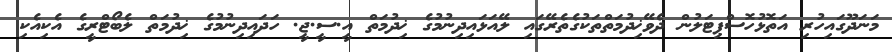
މަނަދޫގައިހުރި އަތޮޅުހޮސްޕިޓަލުން ދެވޭޚިދުމަތްތަކުގެތެރޭގައި ލޭއަޅައިދިނުމުގެ ޚިދުމަތް އީ.ސީ.ޖީ. ހަދައިދިނުމުގެ ޚިދުމަތް ލެބޯޓްރީގެ އެކިއެކި